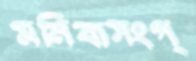
মনিবাসংগ্